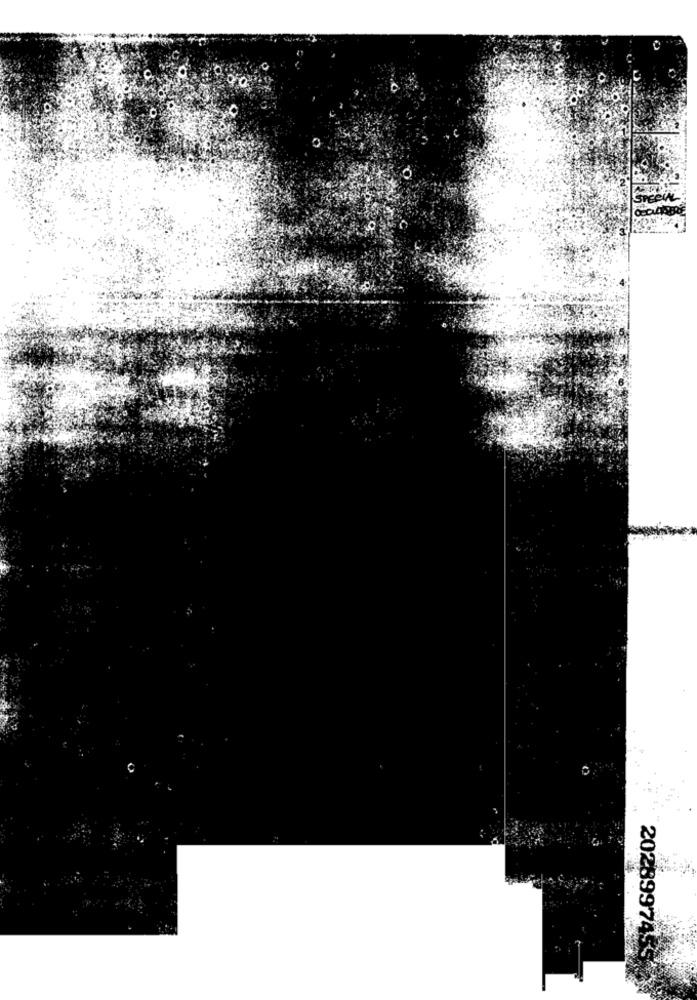
PECIAL
2028997455